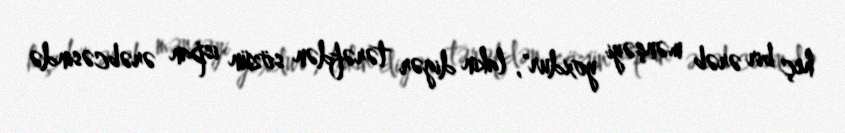
heç bir ərəb mənşəyi yoxdur", lakin digər tərəfdən sözün ispan ərəbcəsində